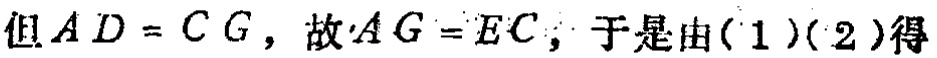
但\(AD = CG\)，故\(AG = EC\)，于是由(1)(2)得